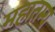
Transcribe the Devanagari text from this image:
महातम्य